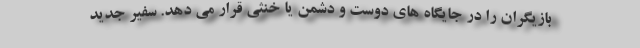
بازیگران را در جایگاه های دوست و دشمن یا خنثی قرار می دهد. سفیر جدید